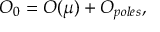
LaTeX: { \cal O } _ { 0 } = { \cal O } ( \mu ) + { \cal O } _ { p o l e s } ,